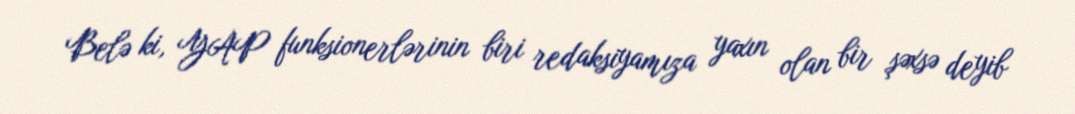
Belə ki, YAP funksionerlərinin biri redaksiyamıza yaxın olan bir şəxsə deyib